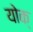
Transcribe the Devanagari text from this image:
योक्